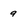
Character: 9